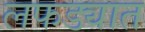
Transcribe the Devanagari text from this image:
लफड्यात